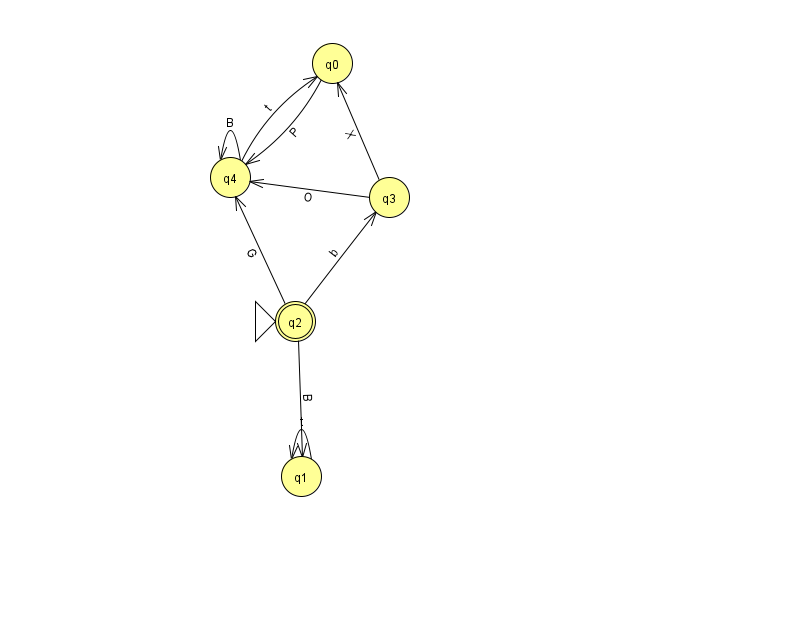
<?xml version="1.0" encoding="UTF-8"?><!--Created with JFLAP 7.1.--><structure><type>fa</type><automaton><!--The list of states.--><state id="0" name="q0"><x>332.0</x><y>50.0</y></state><state id="1" name="q1"><x>301.0</x><y>463.0</y></state><state id="2" name="q2"><x>295.0</x><y>308.0</y><initial/><final/></state><state id="3" name="q3"><x>389.0</x><y>184.0</y></state><state id="4" name="q4"><x>230.0</x><y>164.0</y></state><!--The list of transitions.--><transition><from>0</from><to>4</to><read>P</read></transition><transition><from>4</from><to>4</to><read>B</read></transition><transition><from>3</from><to>0</to><read>X</read></transition><transition><from>1</from><to>1</to><read>t</read></transition><transition><from>3</from><to>4</to><read>O</read></transition><transition><from>4</from><to>0</to><read>t</read></transition><transition><from>2</from><to>1</to><read>B</read></transition><transition><from>2</from><to>4</to><read>G</read></transition><transition><from>2</from><to>3</to><read>b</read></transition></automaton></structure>